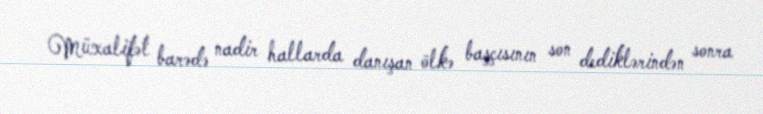
Müxalifət barədə nadir hallarda danışan ölkə başçısının son dediklərindən sonra